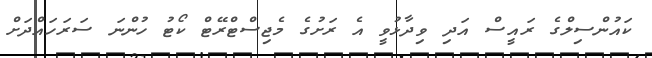
ކައުންސިލްގެ ރައީސް އަދި ވިދާޅުވީ އެ ރަށުގެ މެޖިސްޓްރޭޓް ކޯޓު ހުންނަ ސަރަހައްދަށް